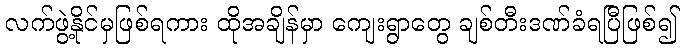
လက်ဖွဲ့နိုင်မှဖြစ်ရကား ထိုအချိန်မှာ ကျေးရွာတွေ ချစ်တီးဒဏ်ခံရပြီဖြစ်၍